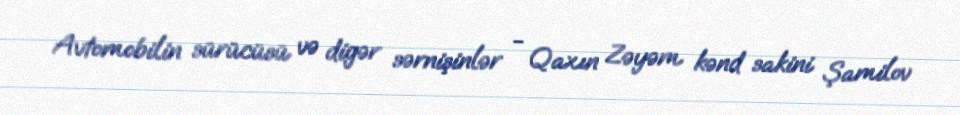
Avtomobilin sürücüsü və digər sərnişinlər - Qaxın Zəyəm kənd sakini Şamilov